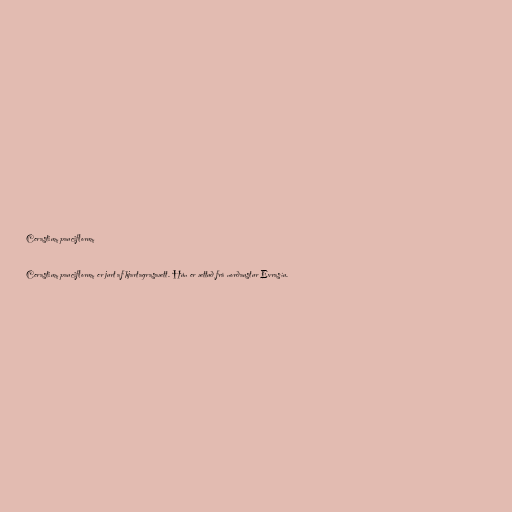
Cerastium pauciflorum

Cerastium pauciflorum er jurt af hjartagrasaætt. Hún er ættuð frá norðaustur Evrasíu.